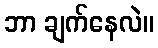
ဘာ ချက်နေလဲ။